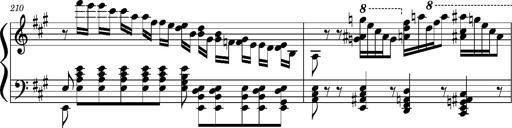
Title: Concerto sans orchestre, S.524a
Composer: Franz Liszt
Key: A major